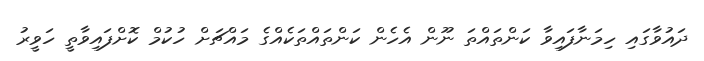
ދައުވާގައި ހިމަނާފައިވާ ކަންތައްތަ ނޫން އެހެން ކަންތައްތަކެއްގެ މައްޗަށް ހުކުމް ކޮށްފައިވާތީ ހަވީރު